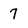
Character: 7